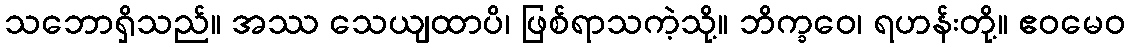
သဘောရှိသည်။ အဿ သေယျထာပိ၊ ဖြစ်ရာသကဲ့သို့။ ဘိက္ခဝေ၊ ရဟန်းတို့။ ဧဝမေဝ